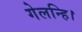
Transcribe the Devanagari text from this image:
गेलन्हि।